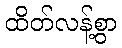
ထိတ်လန့်စွာ